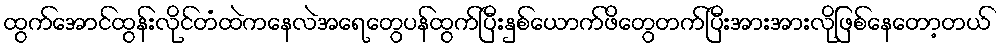
ထွက်အောင်ထွန်းလိုင်တံထဲကနေလဲအရေတွေပန်ထွက်ပြီးနှစ်ယောက်ဖိတွေတက်ပြီးအားအားလိုဖြစ်နေတော့တယ်